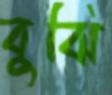
বুঝি